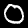
Digit: 0